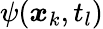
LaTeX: \psi(\boldsymbol{x}_{k},t_{l})